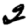
Digit: 2